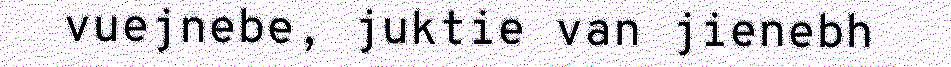
vuejnebe, juktie van jienebh